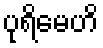
ပုရိမေဟိ